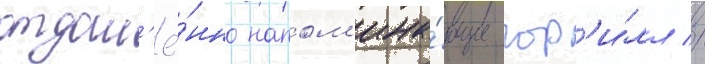
отдал'ё́нно напом'ина́ющие гор'и́лл //